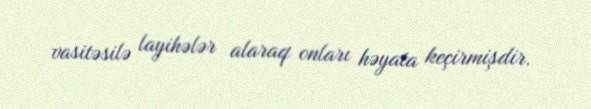
vasitəsilə layihələr alaraq onları həyata keçirmişdir.